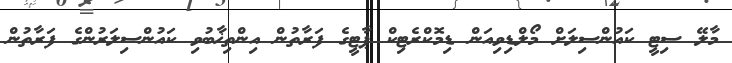
މާލޭ ސިޓީ ކައުންސިލަށް މޯލްޑިވިއަން ޑިމޮކްރެޓިކް ޕާޓީގެ ފަރާތުން އިންތިޚާބުވި ކައުންސިލަރުންގެ ފަރާތުން